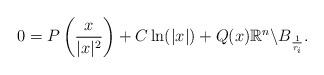
LaTeX: \begin{align*}0=P\left(\frac{x}{|x|^2}\right)+C \ln(|x|)+Q(x) \mathbb{R}^n\backslash B_{\frac{1}{r_i}}.\end{align*}